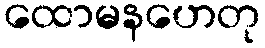
ထောမနဟေတု